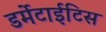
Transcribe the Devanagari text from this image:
डर्मेटाईटिस